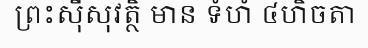
ព្រះស៊ីសុវត្ថិ មាន ទំហំ ៤ហិចតា